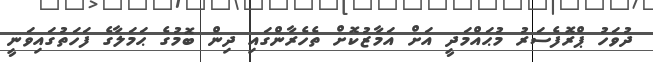
ދުވަހު ޕްރޮފެސަރު މުޙައްމަދީ އަށް އަމާޒުކޮށް ތެހެރާންގައި ދިން ބޮމުގެ ޙަމަލާގެ ފަހަތުގައިވަނީ